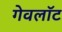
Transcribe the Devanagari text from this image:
गेवलॉट